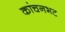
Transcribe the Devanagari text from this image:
कांचनभट